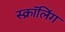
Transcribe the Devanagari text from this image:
स्क्रॉलिंग